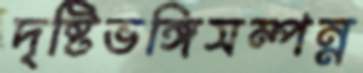
দৃষ্টিভঙ্গিসম্পন্ন